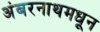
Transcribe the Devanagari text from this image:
अंबरनाथमधून